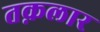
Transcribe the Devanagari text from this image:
तक़लार